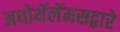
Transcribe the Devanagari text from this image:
अधोथॅलॅमसद्वारे